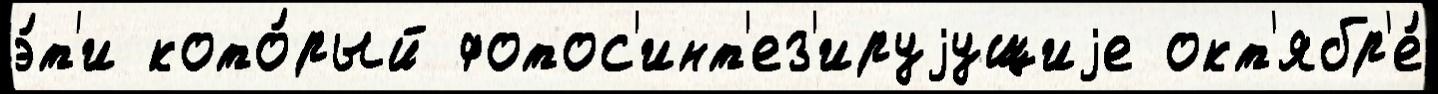
э́т'и кото́рый фотос'инт'ез'ируjущиjе окт'ябр'е́